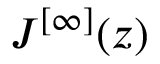
J ^ { [ \infty ] } ( z )